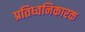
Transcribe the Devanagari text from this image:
प्रतिध्वनिकारक